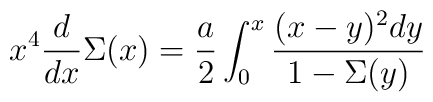
x^4{d\over dx}\Sigma(x)={a\over2}\int_0^x{(x-y)^2dy\over1-\Sigma(y)}